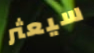
سيعثر